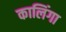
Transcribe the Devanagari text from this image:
कालिंगा